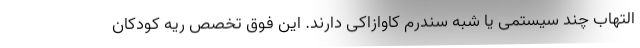
التهاب چند سیستمی یا شبه سندرم کاوازاکی دارند. این فوق تخصص ریه کودکان